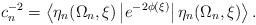
LaTeX: \begin{align*}c_n^{-2} = \left\langle \eta_n(\Omega_n,\xi) \left|e^{-2\phi(\xi)}\right| \eta_n(\Omega_n,\xi )\right\rangle.\end{align*}